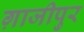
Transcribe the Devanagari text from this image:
ग़ाजीपुर